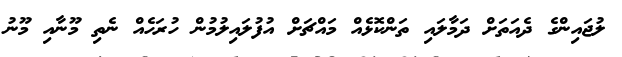
ލުޖައިންގެ ދެއަތަށް ދަމާލައި ތަންކޮޅެއް މައްޗަށް އުފުލައިލުމުން ހުރަހެއް ނެތި މޫނާއި މޫނު